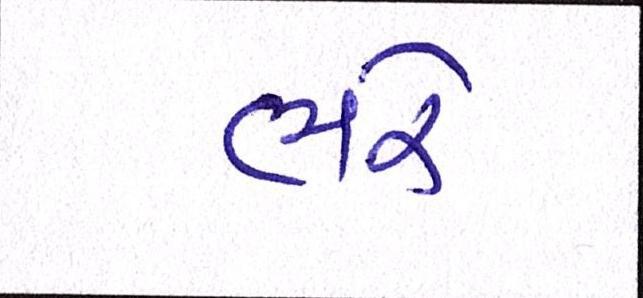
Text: ભરે